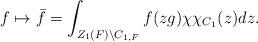
LaTeX: \begin{align*}f \mapsto \bar{f} = \int_{Z_{1}(F) \backslash C_{1, F}} f(zg)\chi\chi_{C_{1}}(z) dz.\end{align*}